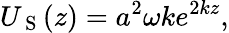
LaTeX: U_{\mathrm{~S~}}(z)=a^{2}\omega ke^{2kz},